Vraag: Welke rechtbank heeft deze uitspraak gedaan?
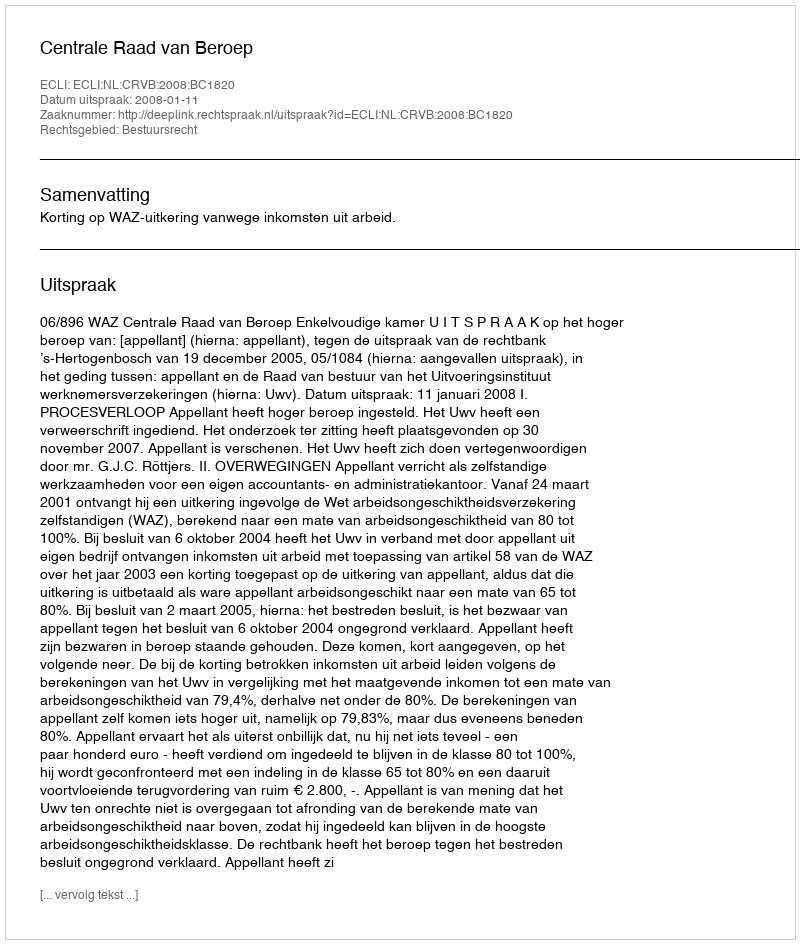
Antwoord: Centrale Raad van Beroep